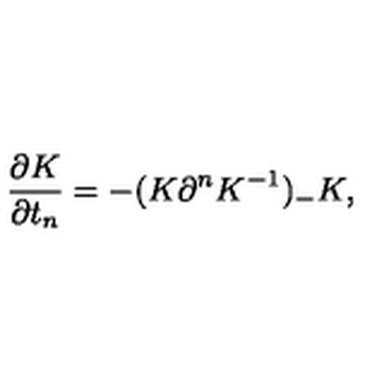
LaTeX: \frac { \partial K } { \partial t _ { n } } = - ( K \partial ^ { n } K ^ { - 1 } ) _ { - } K ,